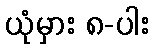
ယုံမှား ၈-ပါး